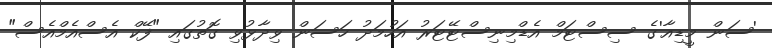
'ސަން މީޑިއާ'ގެ ސިސްޓަމް އެޑްމިނިސްޓޭޓަރު އަހުމަދު ހަސަން ވިދާޅުވި ގޮތުގައި "ފޭކް އެސްއެމްއެސް"